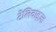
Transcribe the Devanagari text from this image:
टेलिवाइज़्ड